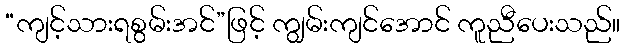
“ကျင့်သားရစွမ်းအင်”ဖြင့် ကျွမ်းကျင်အောင် ကူညီပေးသည်။